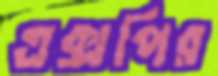
এক্সপির